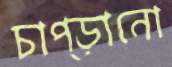
চাপ্‌ড়ানো